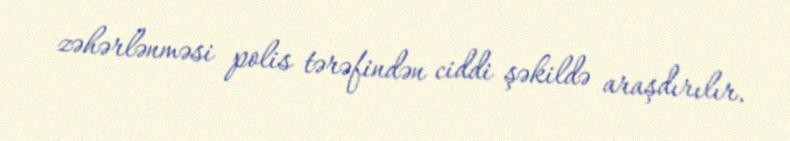
zəhərlənməsi polis tərəfindən ciddi şəkildə araşdırılır.